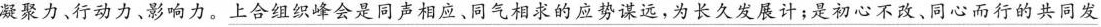
凝聚力、行动力、影响力。\underline{上合组织峰会是同声相应、同气相求的应势谋远，为长久发展计；是初心不改、同心而行的共同发}